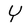
Character: Y